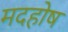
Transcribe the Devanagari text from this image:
मदहोष